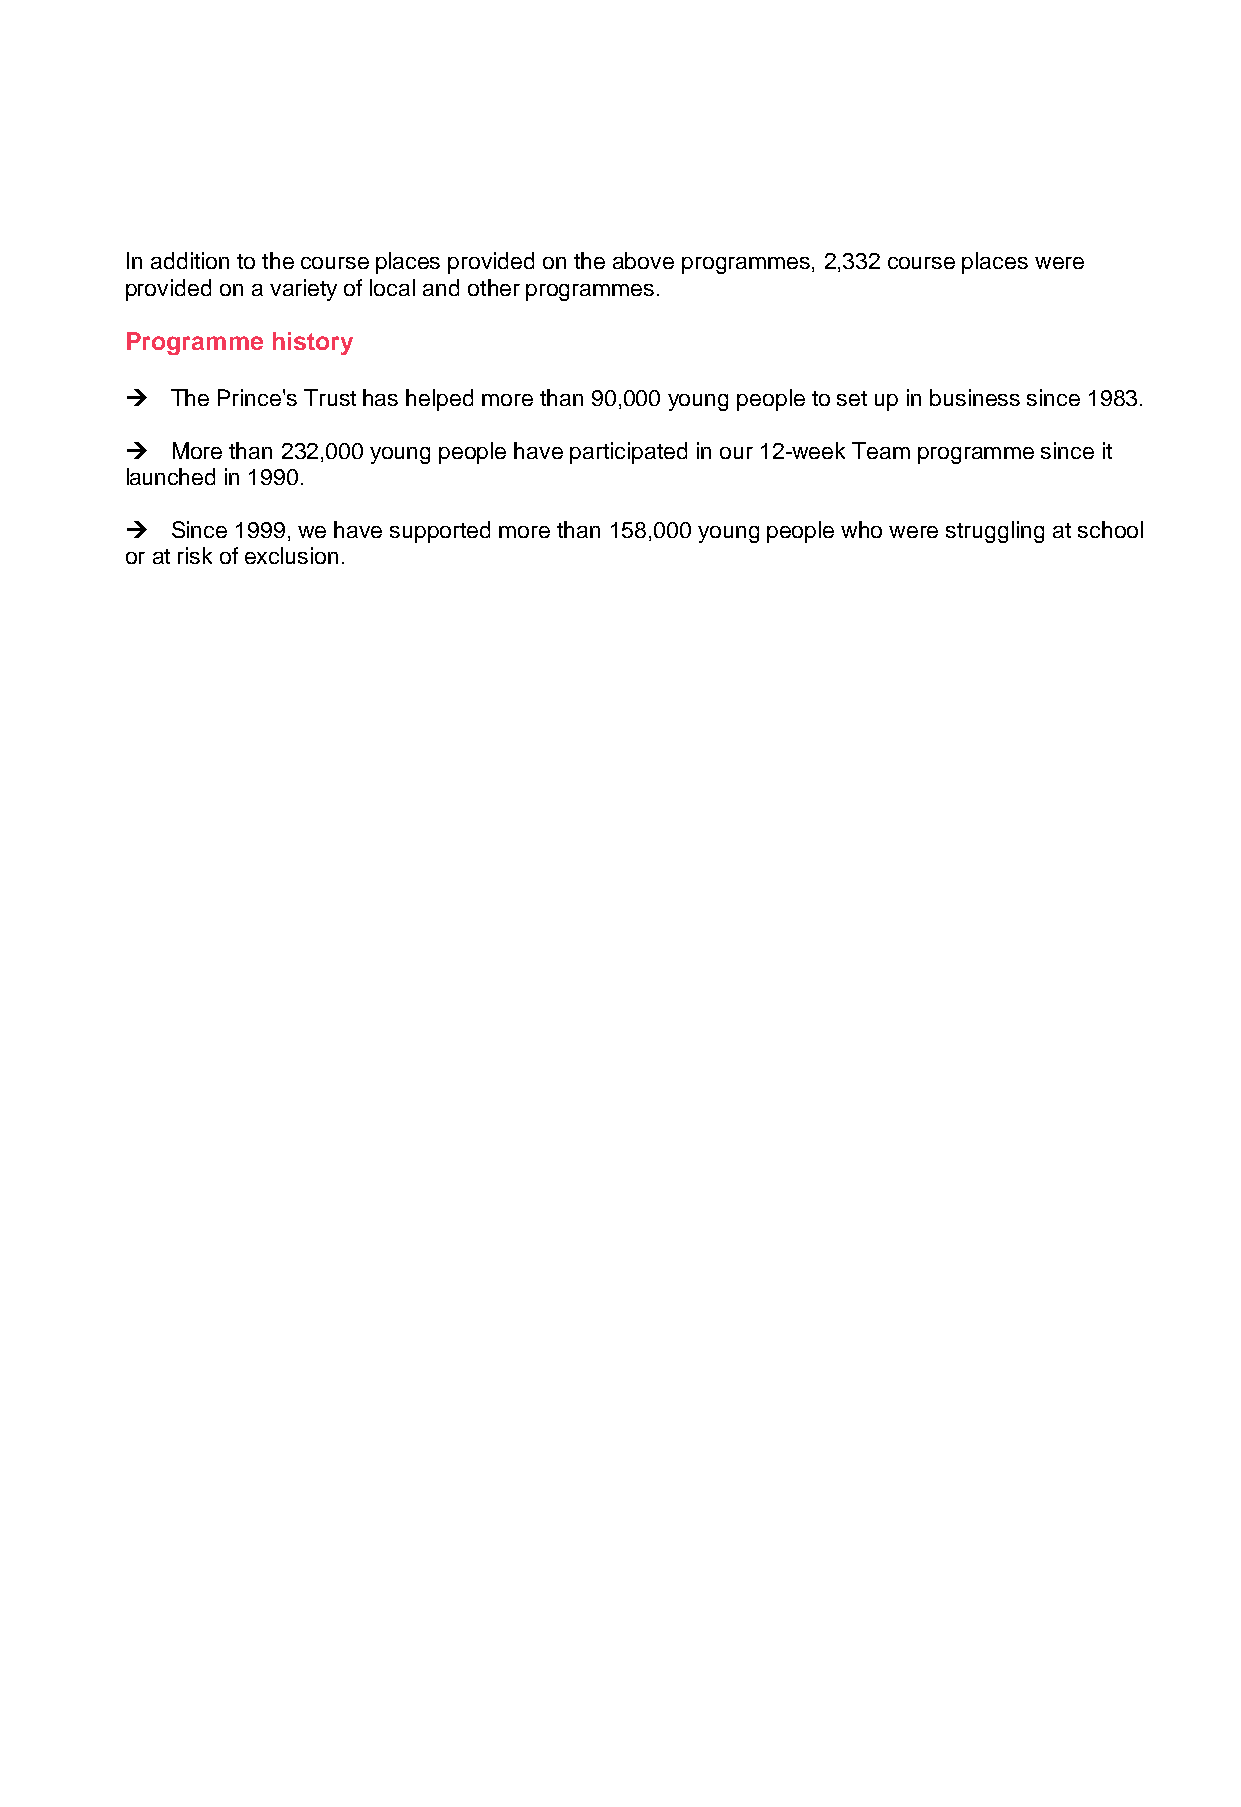
In addition to the course places provided on the above programmes, 2,332 course places were
 provided on a variety of local and other programmes.
 Programme history
 The Prince's Trust has helped more than 90,000 young people to set up in business since 1983.
 More than 232,000 young people have participated in our 12-week Team programme since it
 launched in 1990.
 Since 1999, we have supported more than 158,000 young people who were struggling at school
 or at risk of exclusion.